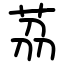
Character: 茘